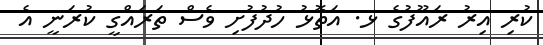
ކުރި އިރު ރައޫފުގެ ޅ. އަތޮޅު ހުދުފުށި ވެސް ތަރައްގީ ކުރަނީ އެ